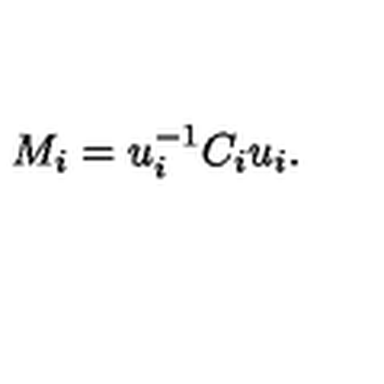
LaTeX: M _ { i } = u _ { i } ^ { - 1 } C _ { i } u _ { i } .